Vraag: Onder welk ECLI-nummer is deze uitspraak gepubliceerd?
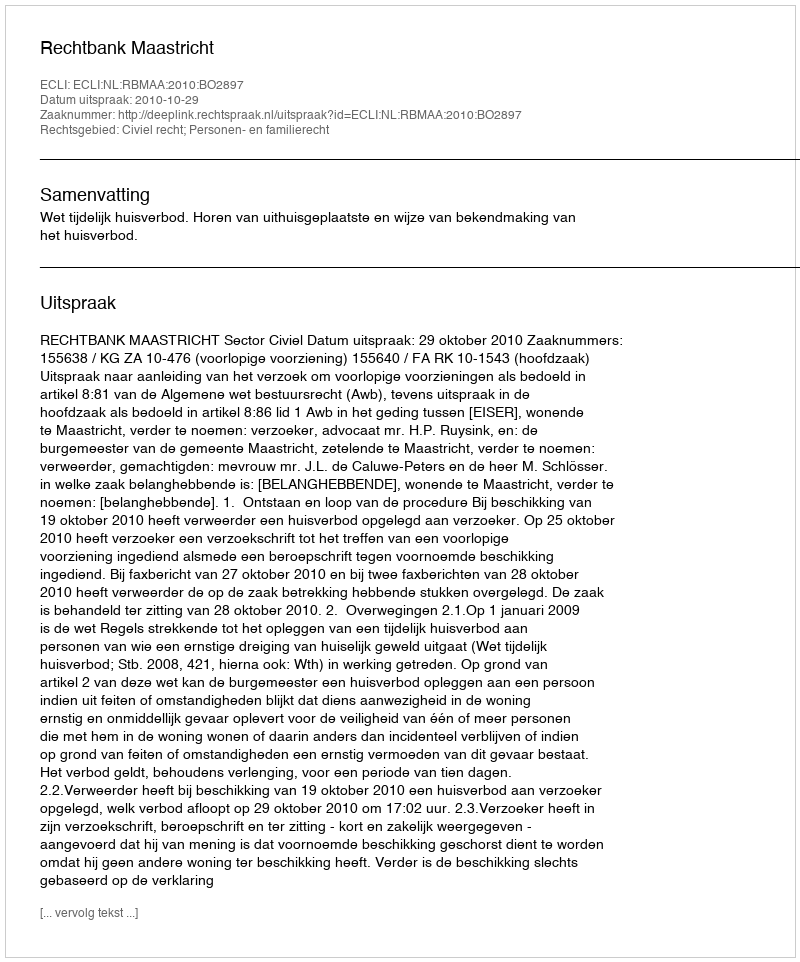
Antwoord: ECLI:NL:RBMAA:2010:BO2897